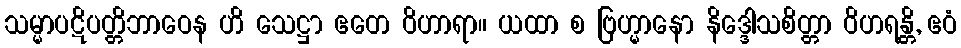
သမ္မာပဋိပတ္တိဘာဝေန ဟိ သေဋ္ဌာ ဧတေ ဝိဟာရာ။ ယထာ စ ဗြဟ္မာနော နိဒ္ဒေါသစိတ္တာ ဝိဟရန္တိ, ဧဝံ